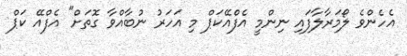
އެހެންވެ ލޯމަރާލާފައި ނިންމީ އެފްއޭކަޕް މި އަހަރު ނުބާއްވާ ގޮތަށް" އެފްއޭ ކަޕް